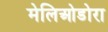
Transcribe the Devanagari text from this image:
मेलिओडोरा